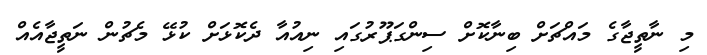
މި ނާތީޖާގެ މައްޗަށް ބިނާކޮށް ސިންގަޕޫރުގައި ނިއުއާ ދެކޮޅަށް ކުޅޭ މެޗުން ނަތީޖާއެއް